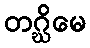
တဂ္ဃိမေ